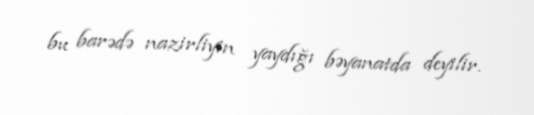
bu barədə nazirliyin yaydığı bəyanatda deyilir.